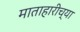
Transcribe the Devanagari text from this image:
माताहारीच्या